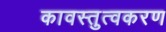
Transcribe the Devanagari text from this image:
कावस्तुत्वकरण